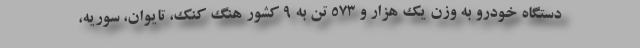
دستگاه خودرو به وزن یک هزار و ۵۷۳ تن به ۹ کشور هنگ کنک، تایوان، سوریه،